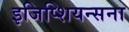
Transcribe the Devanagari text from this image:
इजिप्शियन्सना